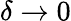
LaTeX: \delta\to 0